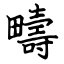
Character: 疇